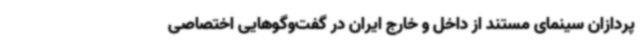
‌پردازان سینمای مستند از داخل و خارج ایران در گفت‌وگوهایی اختصاصی